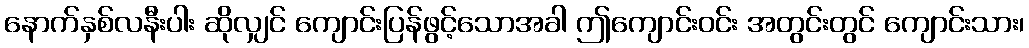
နောက်နှစ်လနီးပါး ဆိုလျှင် ကျောင်းပြန်ဖွင့်သောအခါ ဤကျောင်းဝင်း အတွင်းတွင် ကျောင်းသား၊